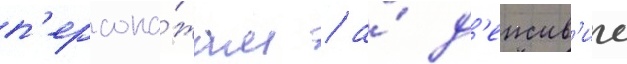
п'ерсона́жам / а́ д'еиств'ие